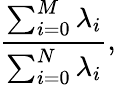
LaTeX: \frac{\sum_{i=0}^{M}\lambda_{i}}{\sum_{i=0}^{N}\lambda_{i}},